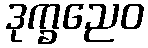
ဒုက္ခညေဝ